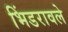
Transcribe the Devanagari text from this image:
भिंडरावले